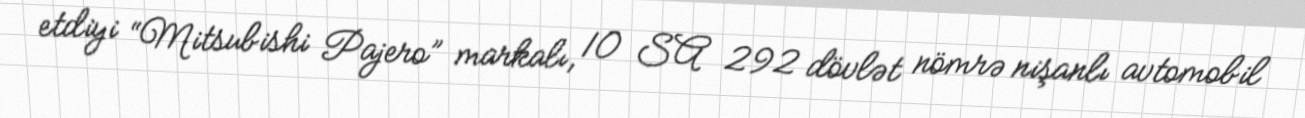
etdiyi “Mitsubishi Pajero” markalı, 10 SA 292 dövlət nömrə nişanlı avtomobil